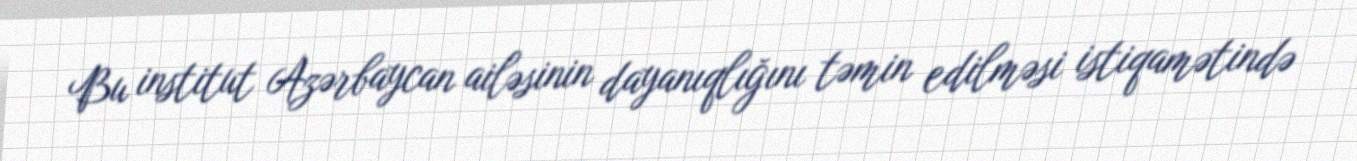
Bu institut Azərbaycan ailəsinin dayanıqlığını təmin edilməsi istiqamətində